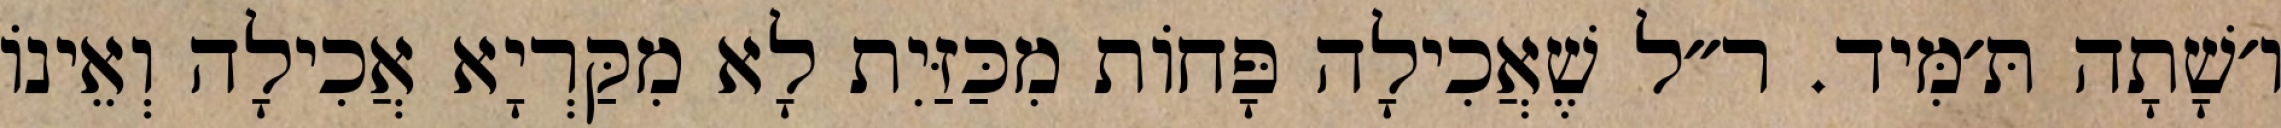
ו׳שָׁתָה תּ׳מִּיד. ר״ל שֶׁאֲכִילָה פָּחוֹת מִכַּזַּיִת לָא מִקַּרְיָא אֲכִילָה וְאֵינוֹ